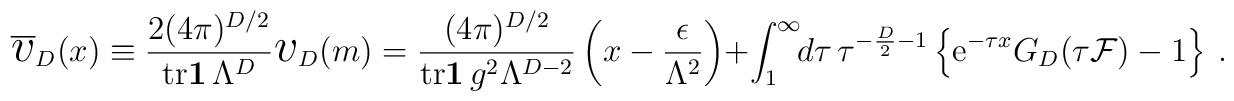
\overline{\mbox{\Large$v$}}_{D}(x)\equiv{2(4\pi)^{D/2}\over{\mathrm{tr}}{\bf1}\,\Lambda^{D}}{\mbox{\Large$v$}}_{D}(m)={(4\pi)^{D/2}\over{\mathrm{tr}}{\bf1}\,g^{2}\Lambda^{D-2}}\left(x-{\epsilon\over\Lambda^{2}}\right)+\int_{1}^{\infty}\!\!d\tau\,\tau^{-{D\over2}-1}\left\{{\mathrm e}^{-\tau x}G_{D}(\tau{\cal F})-1\right\}\ .